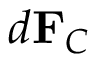
d \mathbf { F } _ { C } \,